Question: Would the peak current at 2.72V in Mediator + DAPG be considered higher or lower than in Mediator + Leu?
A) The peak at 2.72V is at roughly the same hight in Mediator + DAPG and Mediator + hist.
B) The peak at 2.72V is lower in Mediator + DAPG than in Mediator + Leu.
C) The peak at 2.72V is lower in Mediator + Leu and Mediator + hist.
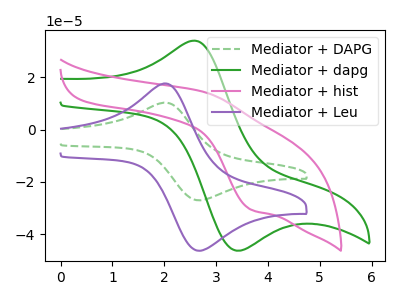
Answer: <think>The green dashed curve "Mediator + DAPG" has an anodic peak at (2.10V, 10.15uA) and a cathodic peak at (2.70V, -27.05uA). The green curve "Mediator + dapg" has an anodic peak at (2.55V, 33.95uA) and a cathodic peak at (3.40V, -46.30uA). The pink curve "Mediator + hist" has an anodic peak at (2.75V, 14.40uA) and a cathodic peak at (3.65V, -30.65uA). The purple curve "Mediator + Leu" has an anodic peak at (2.10V, 17.35uA) and a cathodic peak at (2.70V, -46.30uA).</think>
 <answer>B) The peak at 2.72V is lower in "Mediator + DAPG" than in "Mediator + Leu".</answer>
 <eval>B</eval>